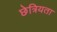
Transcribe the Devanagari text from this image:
छेत्रियता